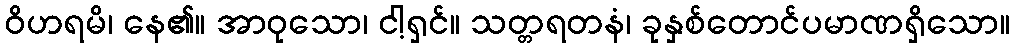
ဝိဟရမိ၊ နေ၏။ အာဝုသော၊ ငါ့ရှင်။ သတ္တရတနံ၊ ခုနှစ်တောင်ပမာဏရှိသော။